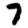
Digit: 7